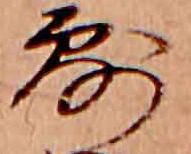
露